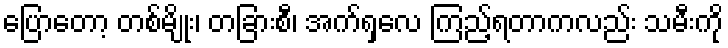
ပြောတော့ တစ်မျိုး၊ တခြားစီ၊ အက်ရှလေ ကြည့်ရတာကလည်း သမီးကို